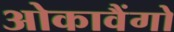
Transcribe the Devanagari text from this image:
ओकावैंगो